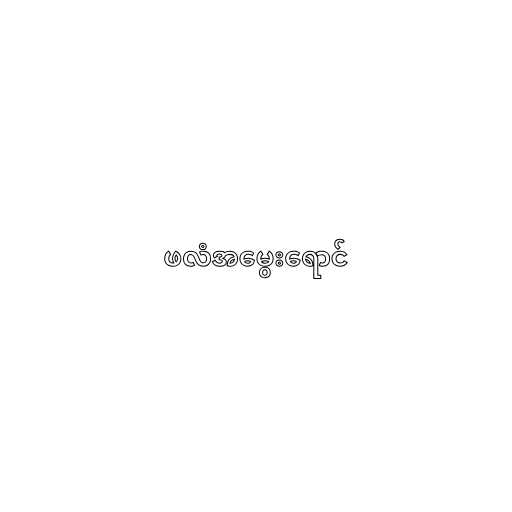
ဖလံအမွေးရောင်